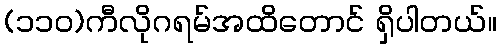
(၁၁၀)ကီလိုဂရမ်အထိတောင် ရှိပါတယ်။